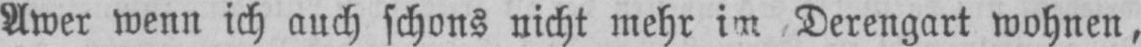
Awer wenn ich auch schons nicht mehr im Derengart wohnen,